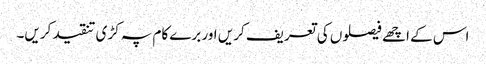
اس کے اچھے فیصلوں کی تعریف کریں اور برے کام پہ کڑی تنقید کریں۔